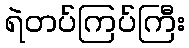
ရဲတပ်ကြပ်ကြီး